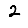
Digit: 2